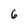
Character: 6